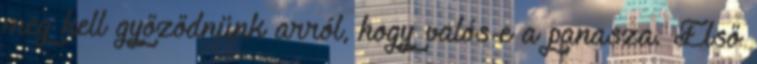
meg kell győződnünk arról, hogy valós-e a panasza. Első